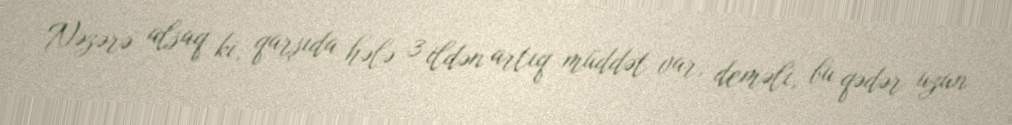
Nəzərə alsaq ki, qarşıda hələ 3 ildən artıq müddət var, deməli, bu qədər uzun